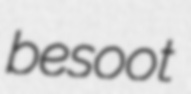
besoot